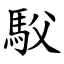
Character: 䭸